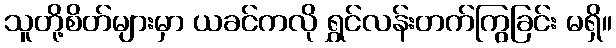
သူတို့စိတ်များမှာ ယခင်ကလို ရွှင်လန်းတက်ကြွခြင်း မရှိ။